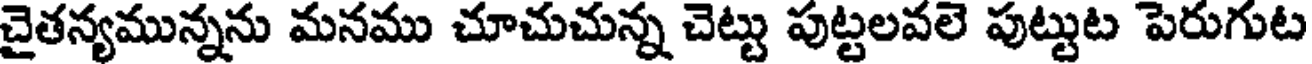
చైతన్యమున్నను మనము చూచుచున్న చెట్టు పుట్టలవలె పుట్టుట పెరుగుట